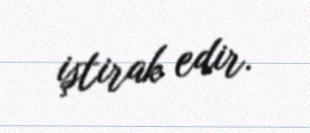
iştirak edir.